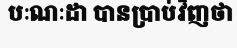
បៈណៈដា បានប្រាប់វិញថា